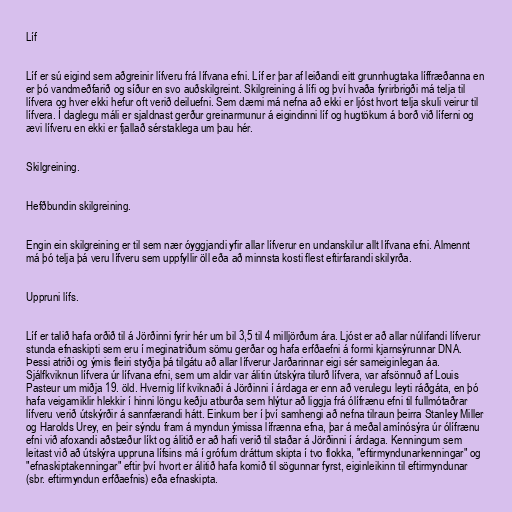
Líf

Líf er sú eigind sem aðgreinir lífveru frá lífvana efni. Líf er þar af leiðandi eitt grunnhugtaka líffræðanna en
er þó vandmeðfarið og síður en svo auðskilgreint. Skilgreining á lífi og því hvaða fyrirbrigði má telja til
lífvera og hver ekki hefur oft verið deiluefni. Sem dæmi má nefna að ekki er ljóst hvort telja skuli veirur til
lífvera. Í daglegu máli er sjaldnast gerður greinarmunur á eigindinni líf og hugtökum á borð við líferni og
ævi lífveru en ekki er fjallað sérstaklega um þau hér.

Skilgreining.

Hefðbundin skilgreining.

Engin ein skilgreining er til sem nær óyggjandi yfir allar lífverur en undanskilur allt lífvana efni. Almennt
má þó telja þá veru lífveru sem uppfyllir öll eða að minnsta kosti flest eftirfarandi skilyrða.

Uppruni lífs.

Líf er talið hafa orðið til á Jörðinni fyrir hér um bil 3,5 til 4 milljörðum ára. Ljóst er að allar núlifandi lífverur
stunda efnaskipti sem eru í meginatriðum sömu gerðar og hafa erfðaefni á formi kjarnsýrunnar DNA.
Þessi atriði og ýmis fleiri styðja þá tilgátu að allar lífverur Jarðarinnar eigi sér sameiginlegan áa.
Sjálfkviknun lífvera úr lífvana efni, sem um aldir var álitin útskýra tilurð lífvera, var afsönnuð af Louis
Pasteur um miðja 19. öld. Hvernig líf kviknaði á Jörðinni í árdaga er enn að verulegu leyti ráðgáta, en þó
hafa veigamiklir hlekkir í hinni löngu keðju atburða sem hlýtur að liggja frá ólífrænu efni til fullmótaðrar
lífveru verið útskýrðir á sannfærandi hátt. Einkum ber í því samhengi að nefna tilraun þeirra Stanley Miller
og Harolds Urey, en þeir sýndu fram á myndun ýmissa lífrænna efna, þar á meðal amínósýra úr ólífrænu
efni við afoxandi aðstæður líkt og álitið er að hafi verið til staðar á Jörðinni í árdaga. Kenningum sem
leitast við að útskýra uppruna lífsins má í grófum dráttum skipta í tvo flokka, "eftirmyndunarkenningar" og
"efnaskiptakenningar" eftir því hvort er álitið hafa komið til sögunnar fyrst, eiginleikinn til eftirmyndunar
(sbr. eftirmyndun erfðaefnis) eða efnaskipta.